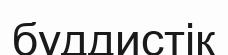
буддистік